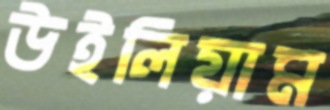
উইলিয়াম